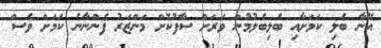
އޭނާ ބެލި ކަމަށާއި ބެލިބެލުމުން ވަރަށް ސާފުކޮށް މަންޒަރު ފެންނާނެ ކަމަށް ވެސް